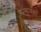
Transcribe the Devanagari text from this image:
अपमार्जकों